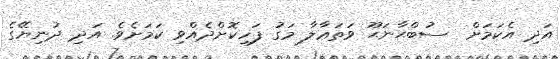
އަދި އެކަމަށް  ސުބްޙާނަޙޫ ވަތަޢާލާ މަގު ފަހިކޮށްދެއްވި ކަމަށެވެ. އަދި ދުނިޔޭގެ